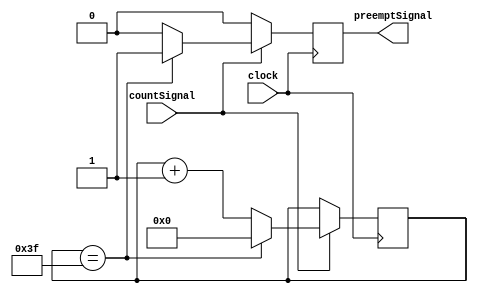
module signalClock(
	input wire clock,
	input wire countSignal,
	output reg preemptSignal
	);
	
	//If count == max -> pass to IR reset instruction (probably add mux);

	reg [5:0] counter;
	
	initial
	begin
		counter = 6'd0;
	end
	
	always@(posedge clock)
	begin
		
		//Received from Control Unit
		if(countSignal)
		begin
			if(counter == 6'b111111)
			begin
				preemptSignal = 1;
				counter = 6'd0;
			end
			else
			begin
				counter = counter+1;
				preemptSignal = 0;
			end
		end
		else
		begin
			preemptSignal = 0;
		end
		
	end

	
	

endmodule